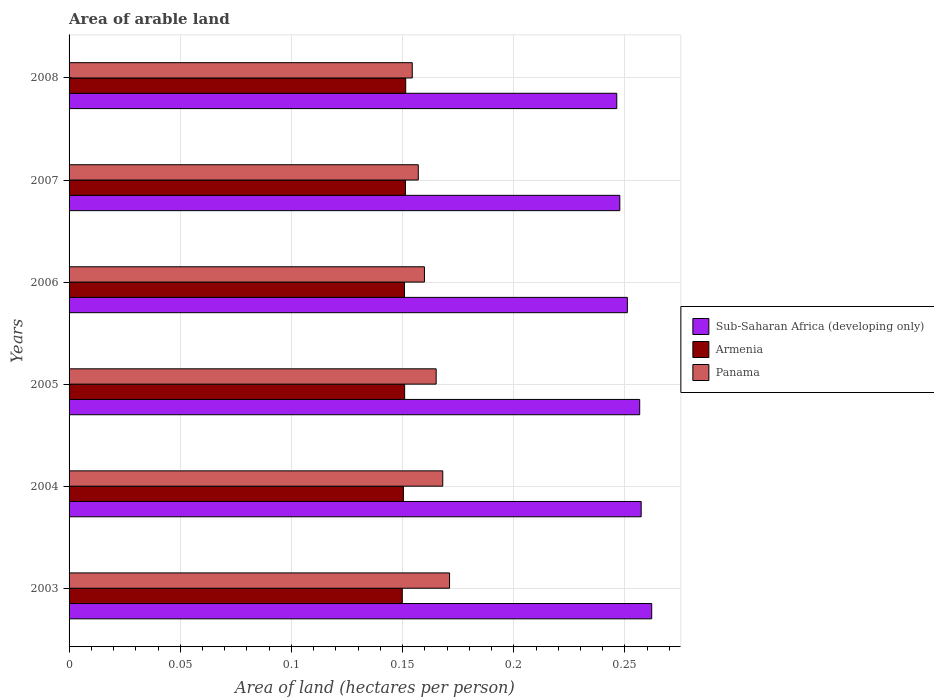
| Years | Sub-Saharan Africa (developing only) | Armenia | Panama |
 | --- | --- | --- | --- |
 | 2003 | 0.262 | 0.15 | 0.171 |
 | 2004 | 0.257 | 0.15 | 0.168 |
 | 2005 | 0.257 | 0.151 | 0.165 |
 | 2006 | 0.251 | 0.151 | 0.16 |
 | 2007 | 0.248 | 0.151 | 0.157 |
 | 2008 | 0.246 | 0.151 | 0.154 |